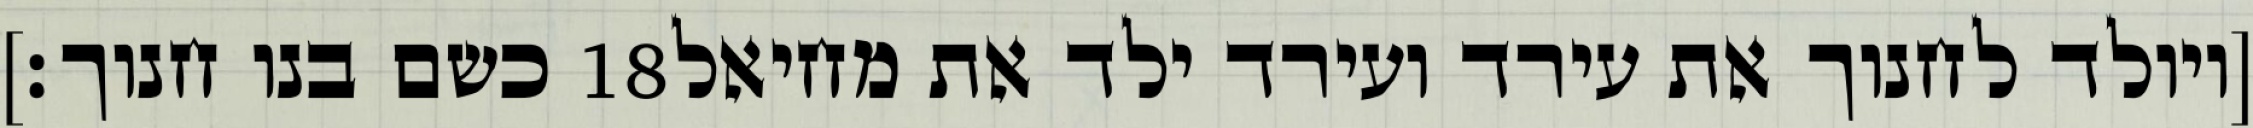
כשם בנו חנוך׃] ‎18‏ [ויולד לחנוך את עירד ועירד ילד את מחיאל